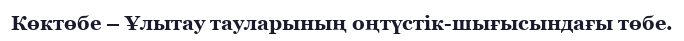
Көктөбе – Ұлытау тауларының оңтүстік-шығысындағы төбе.